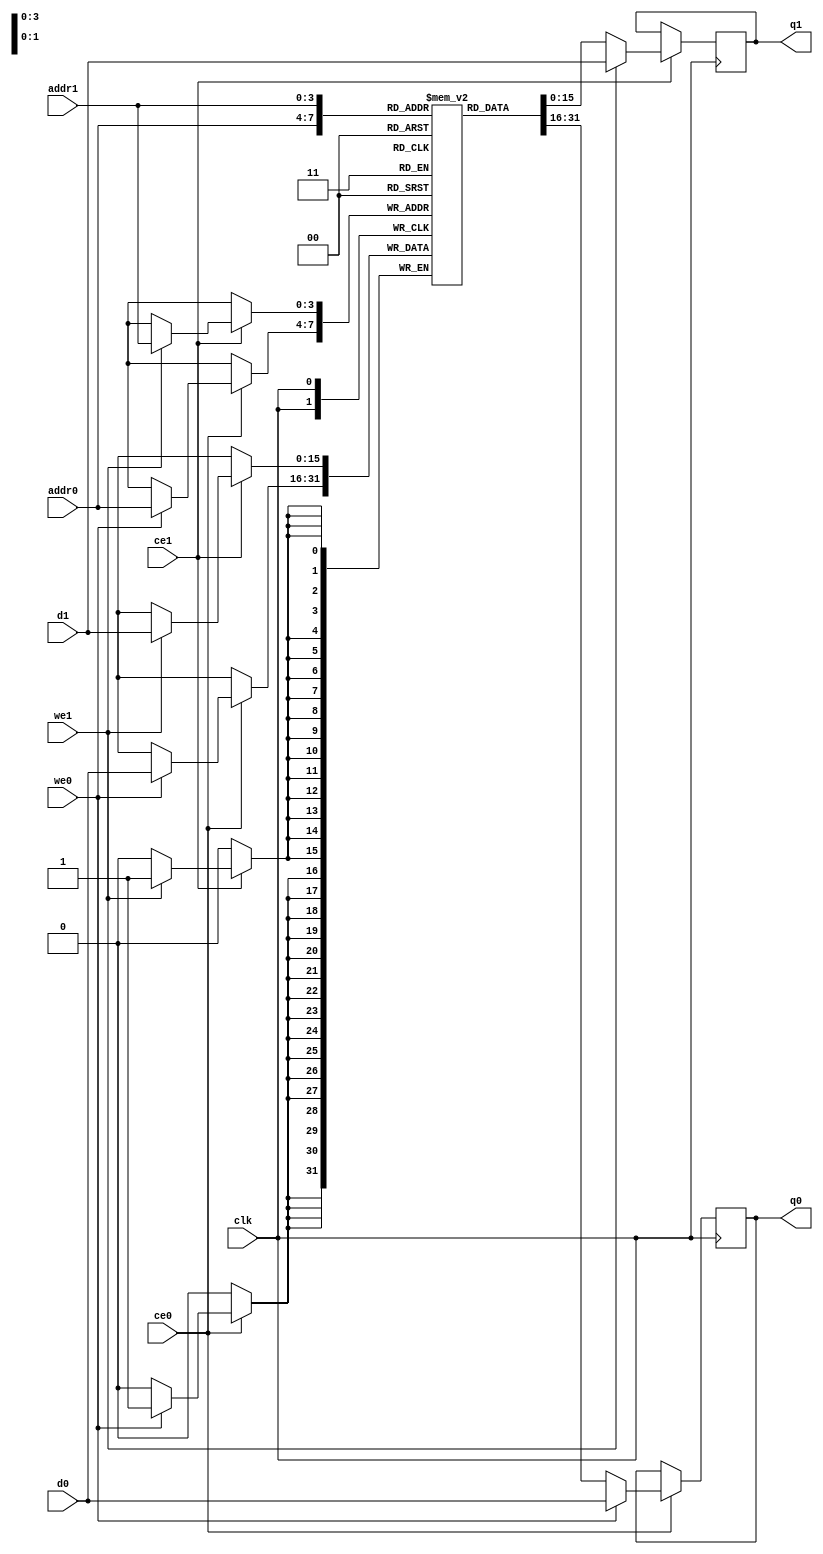
// ==============================================================
// File generated by Vivado(TM) HLS - High-Level Synthesis from C, C++ and SystemC
// Version: 2017.4
// Copyright (C) 1986-2017 Xilinx, Inc. All Rights Reserved.
// 
// ==============================================================

`timescale 1 ns / 1 ps
module conv_21_out_val_V_ram (addr0, ce0, d0, we0, q0, addr1, ce1, d1, we1, q1,  clk);

parameter DWIDTH = 16;
parameter AWIDTH = 4;
parameter MEM_SIZE = 16;

input[AWIDTH-1:0] addr0;
input ce0;
input[DWIDTH-1:0] d0;
input we0;
output reg[DWIDTH-1:0] q0;
input[AWIDTH-1:0] addr1;
input ce1;
input[DWIDTH-1:0] d1;
input we1;
output reg[DWIDTH-1:0] q1;
input clk;

(* ram_style = "block" *)reg [DWIDTH-1:0] ram[0:MEM_SIZE-1];




always @(posedge clk)  
begin 
    if (ce0) 
    begin
        if (we0) 
        begin 
            ram[addr0] <= d0; 
            q0 <= d0;
        end 
        else 
            q0 <= ram[addr0];
    end
end


always @(posedge clk)  
begin 
    if (ce1) 
    begin
        if (we1) 
        begin 
            ram[addr1] <= d1; 
            q1 <= d1;
        end 
        else 
            q1 <= ram[addr1];
    end
end


endmodule


`timescale 1 ns / 1 ps
module conv_21_out_val_V(
    reset,
    clk,
    address0,
    ce0,
    we0,
    d0,
    q0,
    address1,
    ce1,
    we1,
    d1,
    q1);

parameter DataWidth = 32'd16;
parameter AddressRange = 32'd16;
parameter AddressWidth = 32'd4;
input reset;
input clk;
input[AddressWidth - 1:0] address0;
input ce0;
input we0;
input[DataWidth - 1:0] d0;
output[DataWidth - 1:0] q0;
input[AddressWidth - 1:0] address1;
input ce1;
input we1;
input[DataWidth - 1:0] d1;
output[DataWidth - 1:0] q1;



conv_21_out_val_V_ram conv_21_out_val_V_ram_U(
    .clk( clk ),
    .addr0( address0 ),
    .ce0( ce0 ),
    .d0( d0 ),
    .we0( we0 ),
    .q0( q0 ),
    .addr1( address1 ),
    .ce1( ce1 ),
    .d1( d1 ),
    .we1( we1 ),
    .q1( q1 ));

endmodule